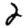
Digit: 2